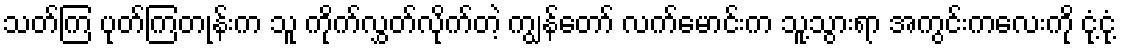
သတ်ကြ ပုတ်ကြတုန်းက သူ ကိုက်လွှတ်လိုက်တဲ့ ကျွန်တော် လက်မောင်းက သူ့သွားရာ အကွင်းကလေးကို ငုံ့ငုံ့